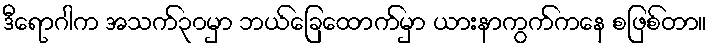
ဒီရောဂါက အသက်၃၀မှာ ဘယ်ခြေထောက်မှာ ယားနာကွက်ကနေ စဖြစ်တာ။